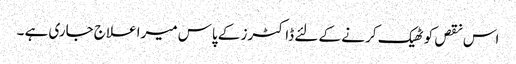
اس نقص کو ٹھیک کر نے کے لئے ڈاکٹرز کے پاس میرا علاج جاری ہے ۔